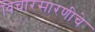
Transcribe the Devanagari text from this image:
विचारसारणीचे